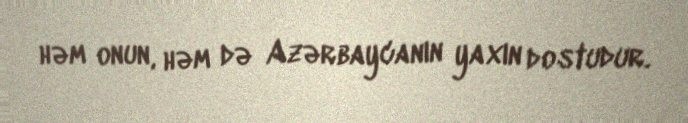
həm onun, həm də Azərbaycanın yaxın dostudur.